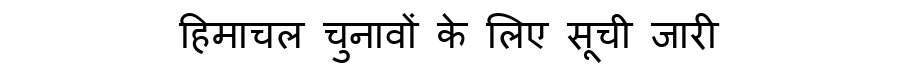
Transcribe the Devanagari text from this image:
हिमाचल चुनावों के लिए सूची जारी